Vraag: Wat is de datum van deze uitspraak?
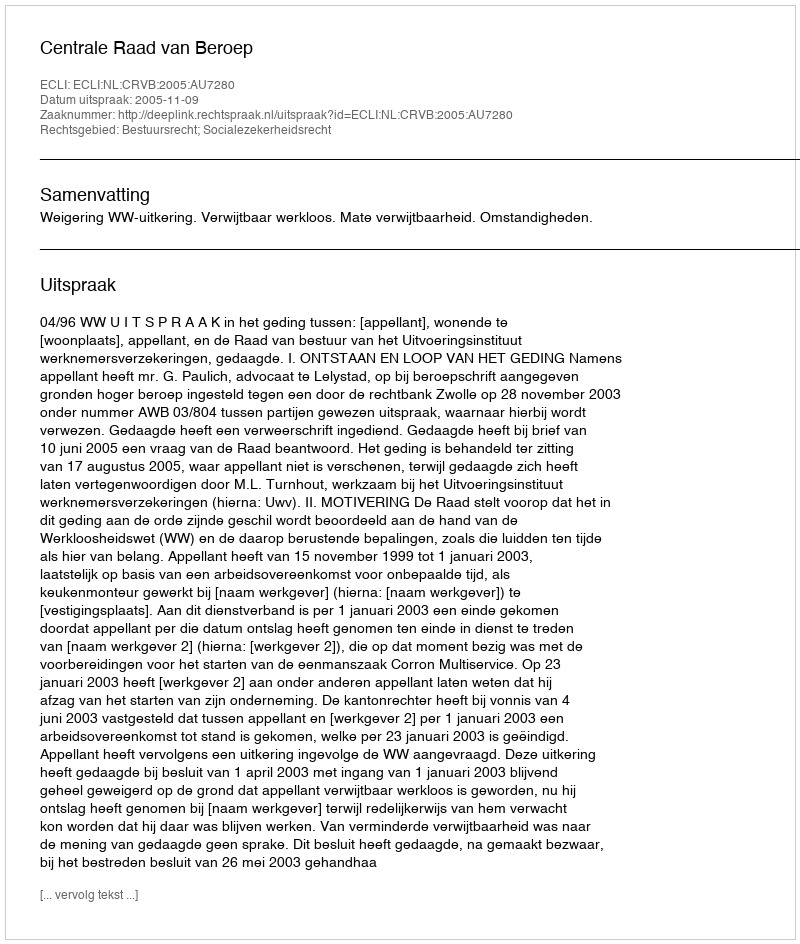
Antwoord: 2005-11-09